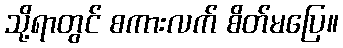
သို့ရာတွင် စကားလက် စိတ်မပြေ။